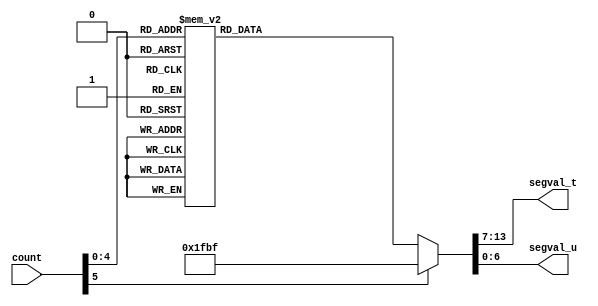
`timescale 1ns / 1ps
//////////////////////////////////////////////////////////////////////////////////
// Company: 
// Engineer: 
// 
// Design Name: 
// Module Name: Downcount
// Project Name: 
// Target Devices: 
// Tool Versions: 
// Description: 
// 
// Dependencies: 
// 
// Revision:
// Revision 0.01 - File Created
// Additional Comments:
// 
//////////////////////////////////////////////////////////////////////////////////

module Downcount(
    input [5:0] count,
    output reg [6:0] segval_t,
    output reg [6:0] segval_u
); 

    always @* begin
        case (count)
            6'd0: begin segval_u = 7'b1000000; segval_t = 7'b1000000; end // Display 0
            6'd1: begin segval_u = 7'b1111001; segval_t = 7'b1000000; end // Display 1
            6'd2: begin segval_u = 7'b0100100; segval_t = 7'b1000000; end // Display 2
            6'd3: begin segval_u = 7'b0110000; segval_t = 7'b1000000; end // Display 3
            6'd4: begin segval_u = 7'b0011001; segval_t = 7'b1000000; end // Display 4
            6'd5: begin segval_u = 7'b0010010; segval_t = 7'b1000000; end // Display 5
            6'd6: begin segval_u = 7'b0000010; segval_t = 7'b1000000; end // Display 6
            6'd7: begin segval_u = 7'b1111000; segval_t = 7'b1000000; end // Display 7
            6'd8: begin segval_u = 7'b0000000; segval_t = 7'b1000000; end // Display 8
            6'd9: begin segval_u = 7'b0010000; segval_t = 7'b1000000; end // Display 9
            6'd10: begin segval_u = 7'b1000000; segval_t = 7'b1111001; end // Display 10
            6'd11: begin segval_u = 7'b1111001; segval_t = 7'b1111001; end // Display 11
            6'd12: begin segval_u = 7'b0100100; segval_t = 7'b1111001; end // Display 12
            6'd13: begin segval_u = 7'b0110000; segval_t = 7'b1111001; end // Display 13
            6'd14: begin segval_u = 7'b0011001; segval_t = 7'b1111001; end // Display 14
            6'd15: begin segval_u = 7'b0010010; segval_t = 7'b1111001; end // Display 15
            6'd16: begin segval_u = 7'b0000010; segval_t = 7'b1111001; end // Display 16
            6'd17: begin segval_u = 7'b1111000; segval_t = 7'b1111001; end // Display 17
            6'd18: begin segval_u = 7'b0000000; segval_t = 7'b1111001; end // Display 18
            6'd19: begin segval_u = 7'b0010000; segval_t = 7'b1111001; end // Display 19
            default: begin segval_t = 7'b0111111; segval_u = 7'b0111111; end // Display nothing for other values
        endcase
    end
    endmodule